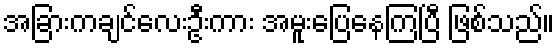
အခြားကချင်လေးဦးကား အမူးပြေနေကြပြီ ဖြစ်သည်။